Report of the Indian Hemp Drugs Commission, 1894-1895 - Volume I
Year: 1894
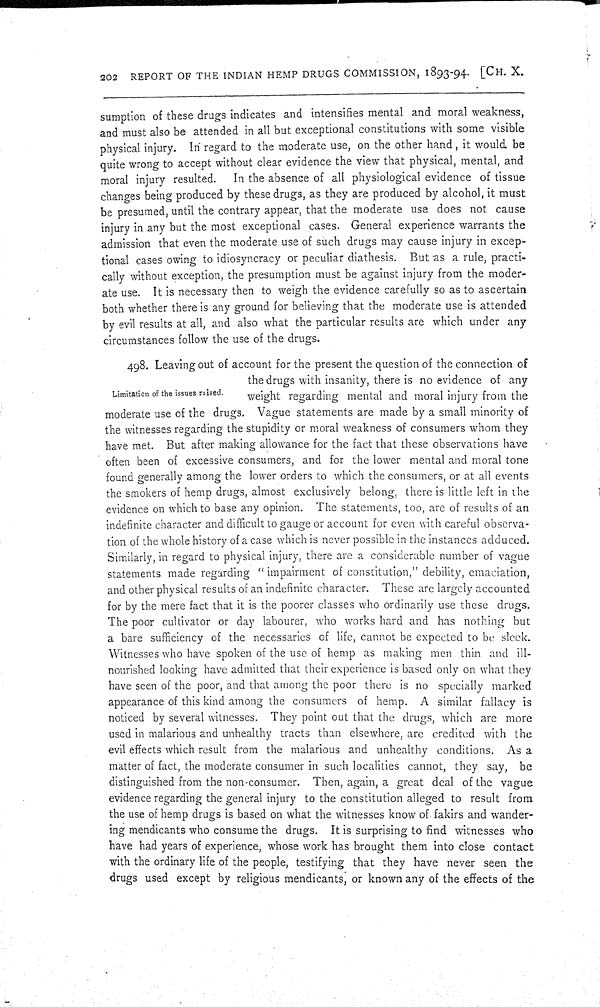
202 REPORT OF THE INDIAN HEMP DRUGS COMMISSION, 1893-94. [CH. X.
sumption of these drugs indicates and intensifies mental and moral weakness,
and must also be attended in all but exceptional constitutions with some visible
physical injury. In regard to the moderate use, on the other hand, it would be
quite wrong to accept without clear evidence the view that physical, mental, and
moral injury resulted.
In the absence of all physiological evidence of tissue
changes being produced by these drugs, as they are produced by alcohol, it must
be presumed, until the contrary appear, that the moderate use does not cause
injury in any but the most exceptional cases. General experience warrants the
admission that even the moderate use of such drugs may cause injury in excep-
tional cases owing to idiosyncracy or peculiar diathesis. But as a rule, practi-
cally without exception, the presumption must be against injury from the moder-
ate use. It is necessary then to weigh the evidence carefully so as to ascertain
both whether there is any ground for believing that the moderate use is attended
by evil results at all, and also what the particular results are which under any
circumstances follow the use of the drugs.
Limitation of the issues raised.
498. Leaving out of account for the present the question of the connection of
the drugs with insanity, there is no evidence of any
weight regarding mental and moral injury from the
moderate use of the drugs. Vague statements are made by a small minority of
the witnesses regarding the stupidity or moral weakness of consumers whom they
have met. But after making allowance for the fact that these observations have
often been of excessive consumers, and for the lower mental and moral tone
found generally among the lower orders to which the consumers, or at all events
the smokers of hemp drugs, almost exclusively belong, there is little left in the
evidence on which to base any opinion. The statements, too, are of results of an
indefinite character and difficult to gauge or account for even with careful observa-
tion of the whole history of a case which is never possible in the instances adduced.
Similarly, in regard to physical injury, there are a considerable number of vague
statements made regarding "impairment of constitution," debility, emaciation,
and other physical results of an indefinite character. These are largely accounted
for by the mere fact that it is the poorer classes who ordinarily use these drugs.
The poor cultivator or day labourer, who works hard and has nothing but
a bare sufficiency of the necessaries of life, cannot be expected to be sleek.
Witnesses who have spoken of the use of hemp as making men thin and ill-
nourished looking have admitted that their experience is based only on what they
have seen of the poor, and that among the poor there is no specially marked
appearance of this kind among the consumers of hemp. A similar fallacy is
noticed by several witnesses. They point out that the drugs, which are more
used in malarious and unhealthy tracts than elsewhere, are credited with the
evil effects which result from the malarious and unhealthy conditions. As a
matter of fact, the moderate consumer in such localities cannot, they say, be
distinguished from the non-consumer. Then, again, a great deal of the vague
evidence regarding the general injury to the constitution alleged to result from
the use of hemp drugs is based on what the witnesses know of fakirs and wander-
ing mendicants who consume the drugs. It is surprising to find witnesses who
have had years of experience, whose work has brought them into close contact
with the ordinary life of the people, testifying that they have never seen the
drugs used except by religious mendicants, or known any of the effects of the